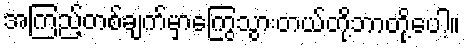
အကြည့်တစ်ချက်မှာကြွေသွားတယ်တို့ဘာတို့ပေါ့။